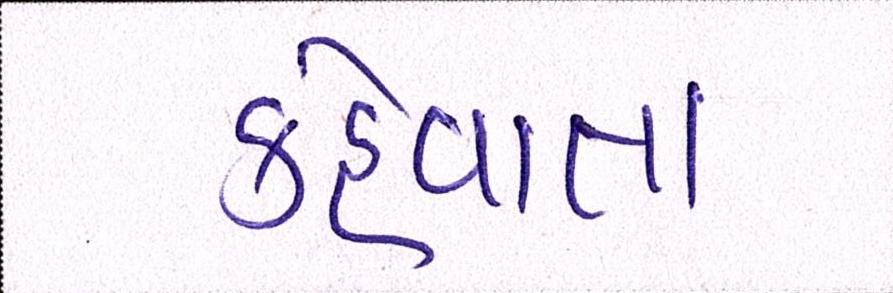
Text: કહેવાતા